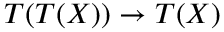
T ( T ( X ) ) \rightarrow T ( X )